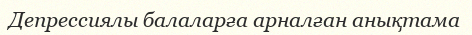
Депрессиялы балаларға арналған анықтама